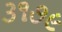
૩૧૭૯